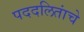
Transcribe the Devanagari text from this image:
पददलितांचे